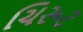
ચિરૂટ